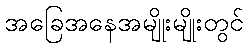
အခြေအနေအမျိုးမျိုးတွင်